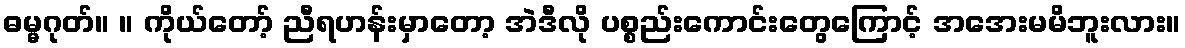
ဓမ္မဂုတ်။ ။ ကိုယ်တော့် ညီရဟန်းမှာတော့ အဲဒီလို ပစ္စည်းကောင်းတွေကြောင့် အအေးမမိဘူးလား။